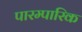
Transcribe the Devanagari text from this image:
पारम्पारिक